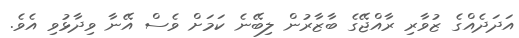
އަދަދެއްގެ ޒުވާރި ރާއްޖޭގެ ބާޒާރުން ލިބޭނެ ކަމަށް ވެސް އޭނާ ވިދާޅުވި އެވެ.